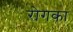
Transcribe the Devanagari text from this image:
रोगका